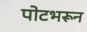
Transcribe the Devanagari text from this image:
पोटभरून